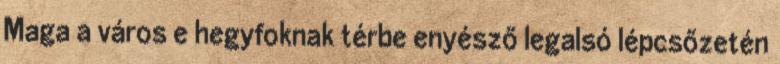
Maga a város e hegyfoknak térbe enyésző legalsó lépcsőzetén